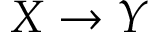
X \rightarrow Y